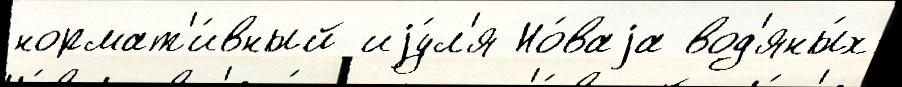
нормат'и́вный иjу́л'я Но́ваjа вод'яны́х